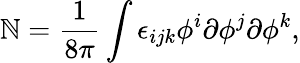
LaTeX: \mathbb{N}=\frac{{1}}{{8\pi}}\int\epsilon_{ijk}\phi^{i}\partial\phi^{j}\partial\phi^{k},